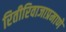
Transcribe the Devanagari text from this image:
रितीरिवाजाप्रमाणे